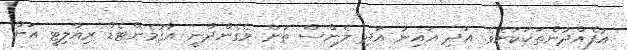
އުފެއްދުންތަކަކަށެވެ. އަދި އައިނު އަދި ލެންސް ތަށް ވެގެންދާނީ އާގުމެންޓެޑް ރިއާލިޓީ އަށް